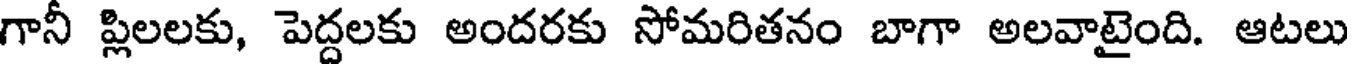
గానీ ప్లిలలకు, పెద్దలకు అందరకు సోమరితనం బాగా అలవాటైంది. ఆటలు